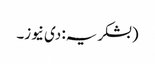
(بشکریہ: دی نیوز۔